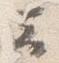
云